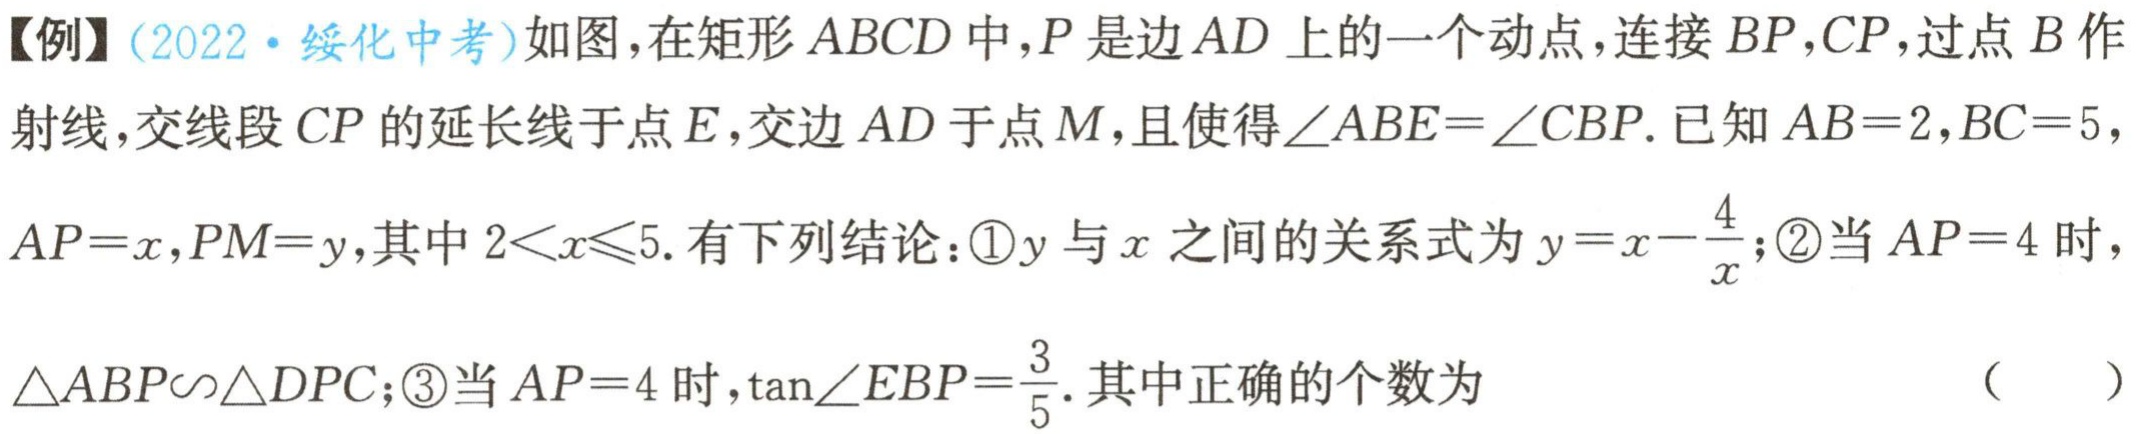
【例】(2022·绥化中考)如图，在矩形 \(ABCD\) 中，\(P\) 是边 \(AD\) 上的一个动点，连接 \(BP\)，\(CP\)，过点 \(B\) 作射线，交线段 \(CP\) 的延长线于点 \(E\)，交边 \(AD\) 于点 \(M\)，且使得 \(\angle ABE = \angle CBP\). 已知 \(AB = 2\)，\(BC = 5\)，\(AP = x\)，\(PM = y\)，其中 \(2 < x\leqslant5\). 有下列结论：\textcircled{1}\(y\) 与 \(x\) 之间的关系式为 \(y = x-\frac{4}{x}\)；\textcircled{2}当 \(AP = 4\) 时，\(\triangle ABP\backsim\triangle DPC\)；\textcircled{3}当 \(AP = 4\) 时，\(\tan\angle EBP=\frac{3}{5}\). 其中正确的个数为 （  ）